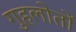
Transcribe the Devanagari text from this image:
गुहलोतों